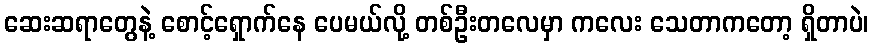
ဆေးဆရာတွေနဲ့ စောင့်ရှောက်နေ ပေမယ်လို့ တစ်ဦးတလေမှာ ကလေး သေတာကတော့ ရှိတာပဲ၊